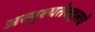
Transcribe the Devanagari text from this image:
अस्पृश्यतेबद्दलचे